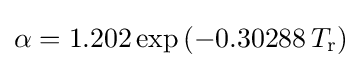
\alpha =1.202\exp \left(-0.30288\,T_{\text{r}}\right)